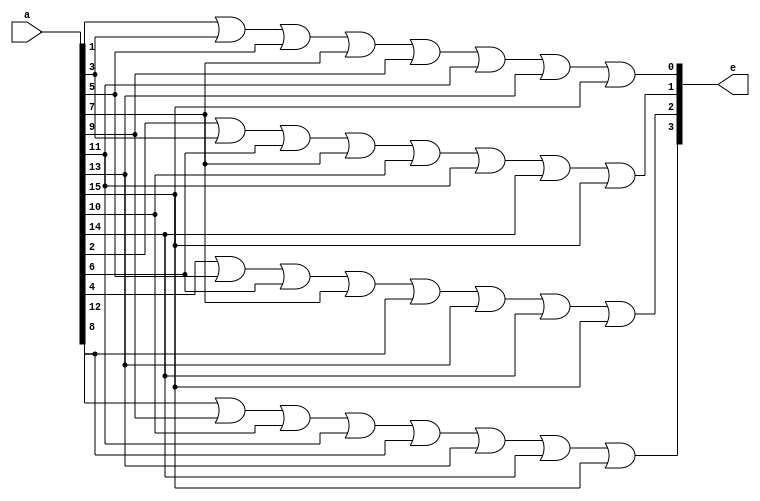
module encoder(a, e);

   input [15:0] a;
   output [3:0] e;

   or(e[0], a[1], a[3], a[5], a[7], a[9], a[11], a[13], a[15]);
   or(e[1], a[2], a[3], a[6], a[7], a[10], a[11], a[14], a[15]);
   or(e[2], a[4], a[5], a[6], a[7], a[12], a[13], a[14], a[15]);
   or(e[3], a[8], a[9], a[10], a[11], a[12], a[13], a[14], a[15]);

endmodule